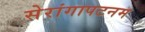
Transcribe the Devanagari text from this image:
सेरांगापटनम